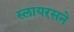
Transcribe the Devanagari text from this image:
स्लायरसने